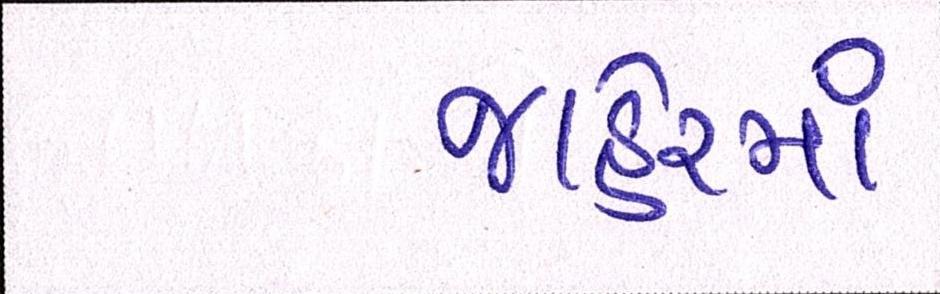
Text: જાહેરમાં